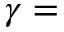
\gamma =